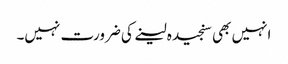
انہیں بھی سنجیدہ لینے کی ضرورت نہیں۔